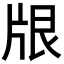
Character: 𪺢